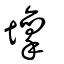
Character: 壈